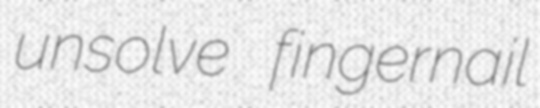
unsolve fingernail